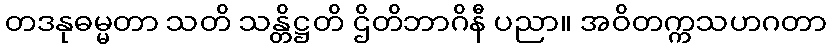
တဒနုဓမ္မတာ သတိ သန္တိဋ္ဌတိ ဌိတိဘာဂိနီ ပညာ။ အဝိတက္ကသဟဂတာ